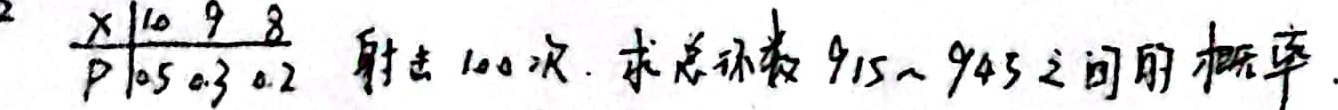
已知随机变量 \(X\) 的分布列为：
\[
\begin{array}{c|ccc}
X & 10 & 9 & 8 \\
\hline
P & 0.5 & 0.3 & 0.2
\end{array}
\]

射击 \(100\) 次，求总环数在 \(915 - 945\) 之间的概率。